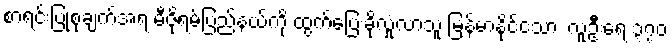
စာရင်းပြုစုချက်အရ မီဇိုရမ်ပြည်နယ်ကို ထွက်ပြေးခိုလှုံလာသူ မြန်မာနိုင်ငံသား လူဦးရေ ၃၇၀